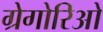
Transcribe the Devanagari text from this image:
ग्रेगोरिओ